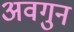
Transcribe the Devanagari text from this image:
अवगुन